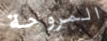
المروحة